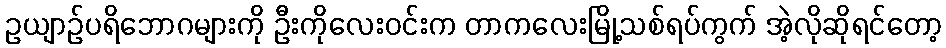
ဥယျာဉ်ပရိဘောဂများကို ဦးကိုလေးဝင်းက တာကလေးမြို့သစ်ရပ်ကွက် အဲ့လိုဆိုရင်တော့